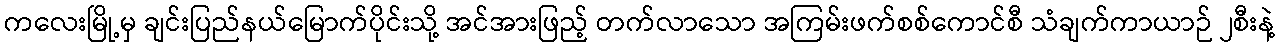
ကလေးမြို့မှ ချင်းပြည်နယ်မြောက်ပိုင်းသို့ အင်အားဖြည့် တက်လာသော အကြမ်းဖက်စစ်ကောင်စီ သံချက်ကာယာဉ် ၂စီးနဲ့